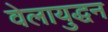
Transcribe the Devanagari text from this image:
वेलायुद्धन